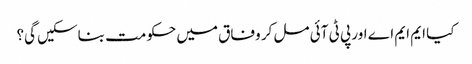
کیا ایم ایم اے اور پی ٹی آئی مل کر وفاق میں حکومت بناسکیں گی؟